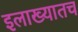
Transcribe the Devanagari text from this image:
इलाख्यातच